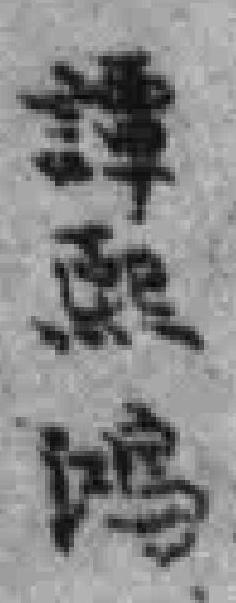
譚熙鸿